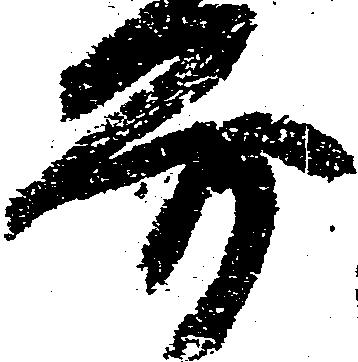
要